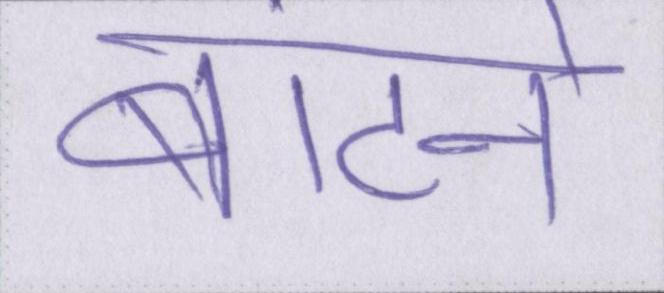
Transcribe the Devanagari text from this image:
बांटने